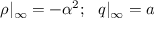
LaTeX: \rho | _ { \infty } = - { \alpha ^ { 2 } } ; \ \ q | _ { \infty } = a